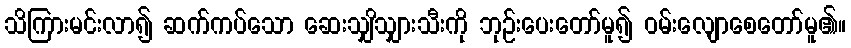
သိကြားမင်းလာ၍ ဆက်ကပ်သော ဆေးသျှိသျှားသီးကို ဘုဉ်းပေးတော်မူ၍ ဝမ်းလျောစေတော်မူ၏။